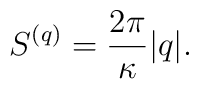
S^{(q)} = {2\pi \over \kappa}  |q|.